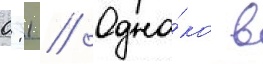
0:1 // Одна́ко в